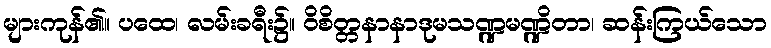
များကုန်၏။ ပထေ၊ လမ်းခရီး၌။ ဝိစိတ္တနာနာဒုမသဏ္ဍမဏ္ဍိတာ၊ ဆန်းကြယ်သော